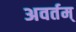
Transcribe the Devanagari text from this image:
अवर्तम्